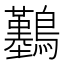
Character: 𪇼